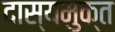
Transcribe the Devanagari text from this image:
दास्यमुक्त